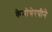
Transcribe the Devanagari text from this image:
केमोथेरपीने